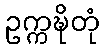
ဥက္ကဍ္ဎိတုံ